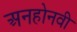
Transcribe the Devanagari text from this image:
अनहोनवी